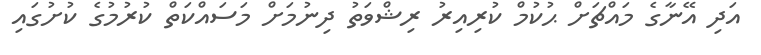
އަދި އޭނާގެ މައްޗަށް ޙުކުމް ކުރިއިރު ރިޝްވަތު ދިނުމަށް މަސައްކަތް ކުރުމުގެ ކުށުގައި